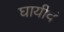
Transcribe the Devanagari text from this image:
घायीवं